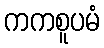
ကကစူပမံ